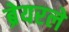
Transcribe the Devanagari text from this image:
ब्रेयरले